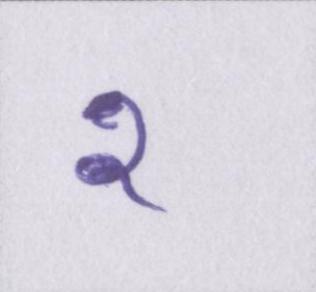
२